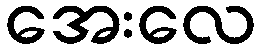
အေးလေ